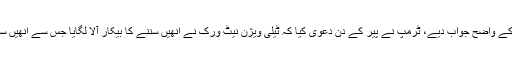
حالانکہ اُنھوں نے اتوار کے روز سوالات کے واضح جواب دیے، ٹرمپ نے پیر کے دِن دعویٰ کیا کہ ٹیلی ویژن نیٹ ورک نے اُنھیں سننے کا بیکار آلا لگایا جس سے اُنھیں سوالات سننے میں دقت محسوس ہورہی تھی۔